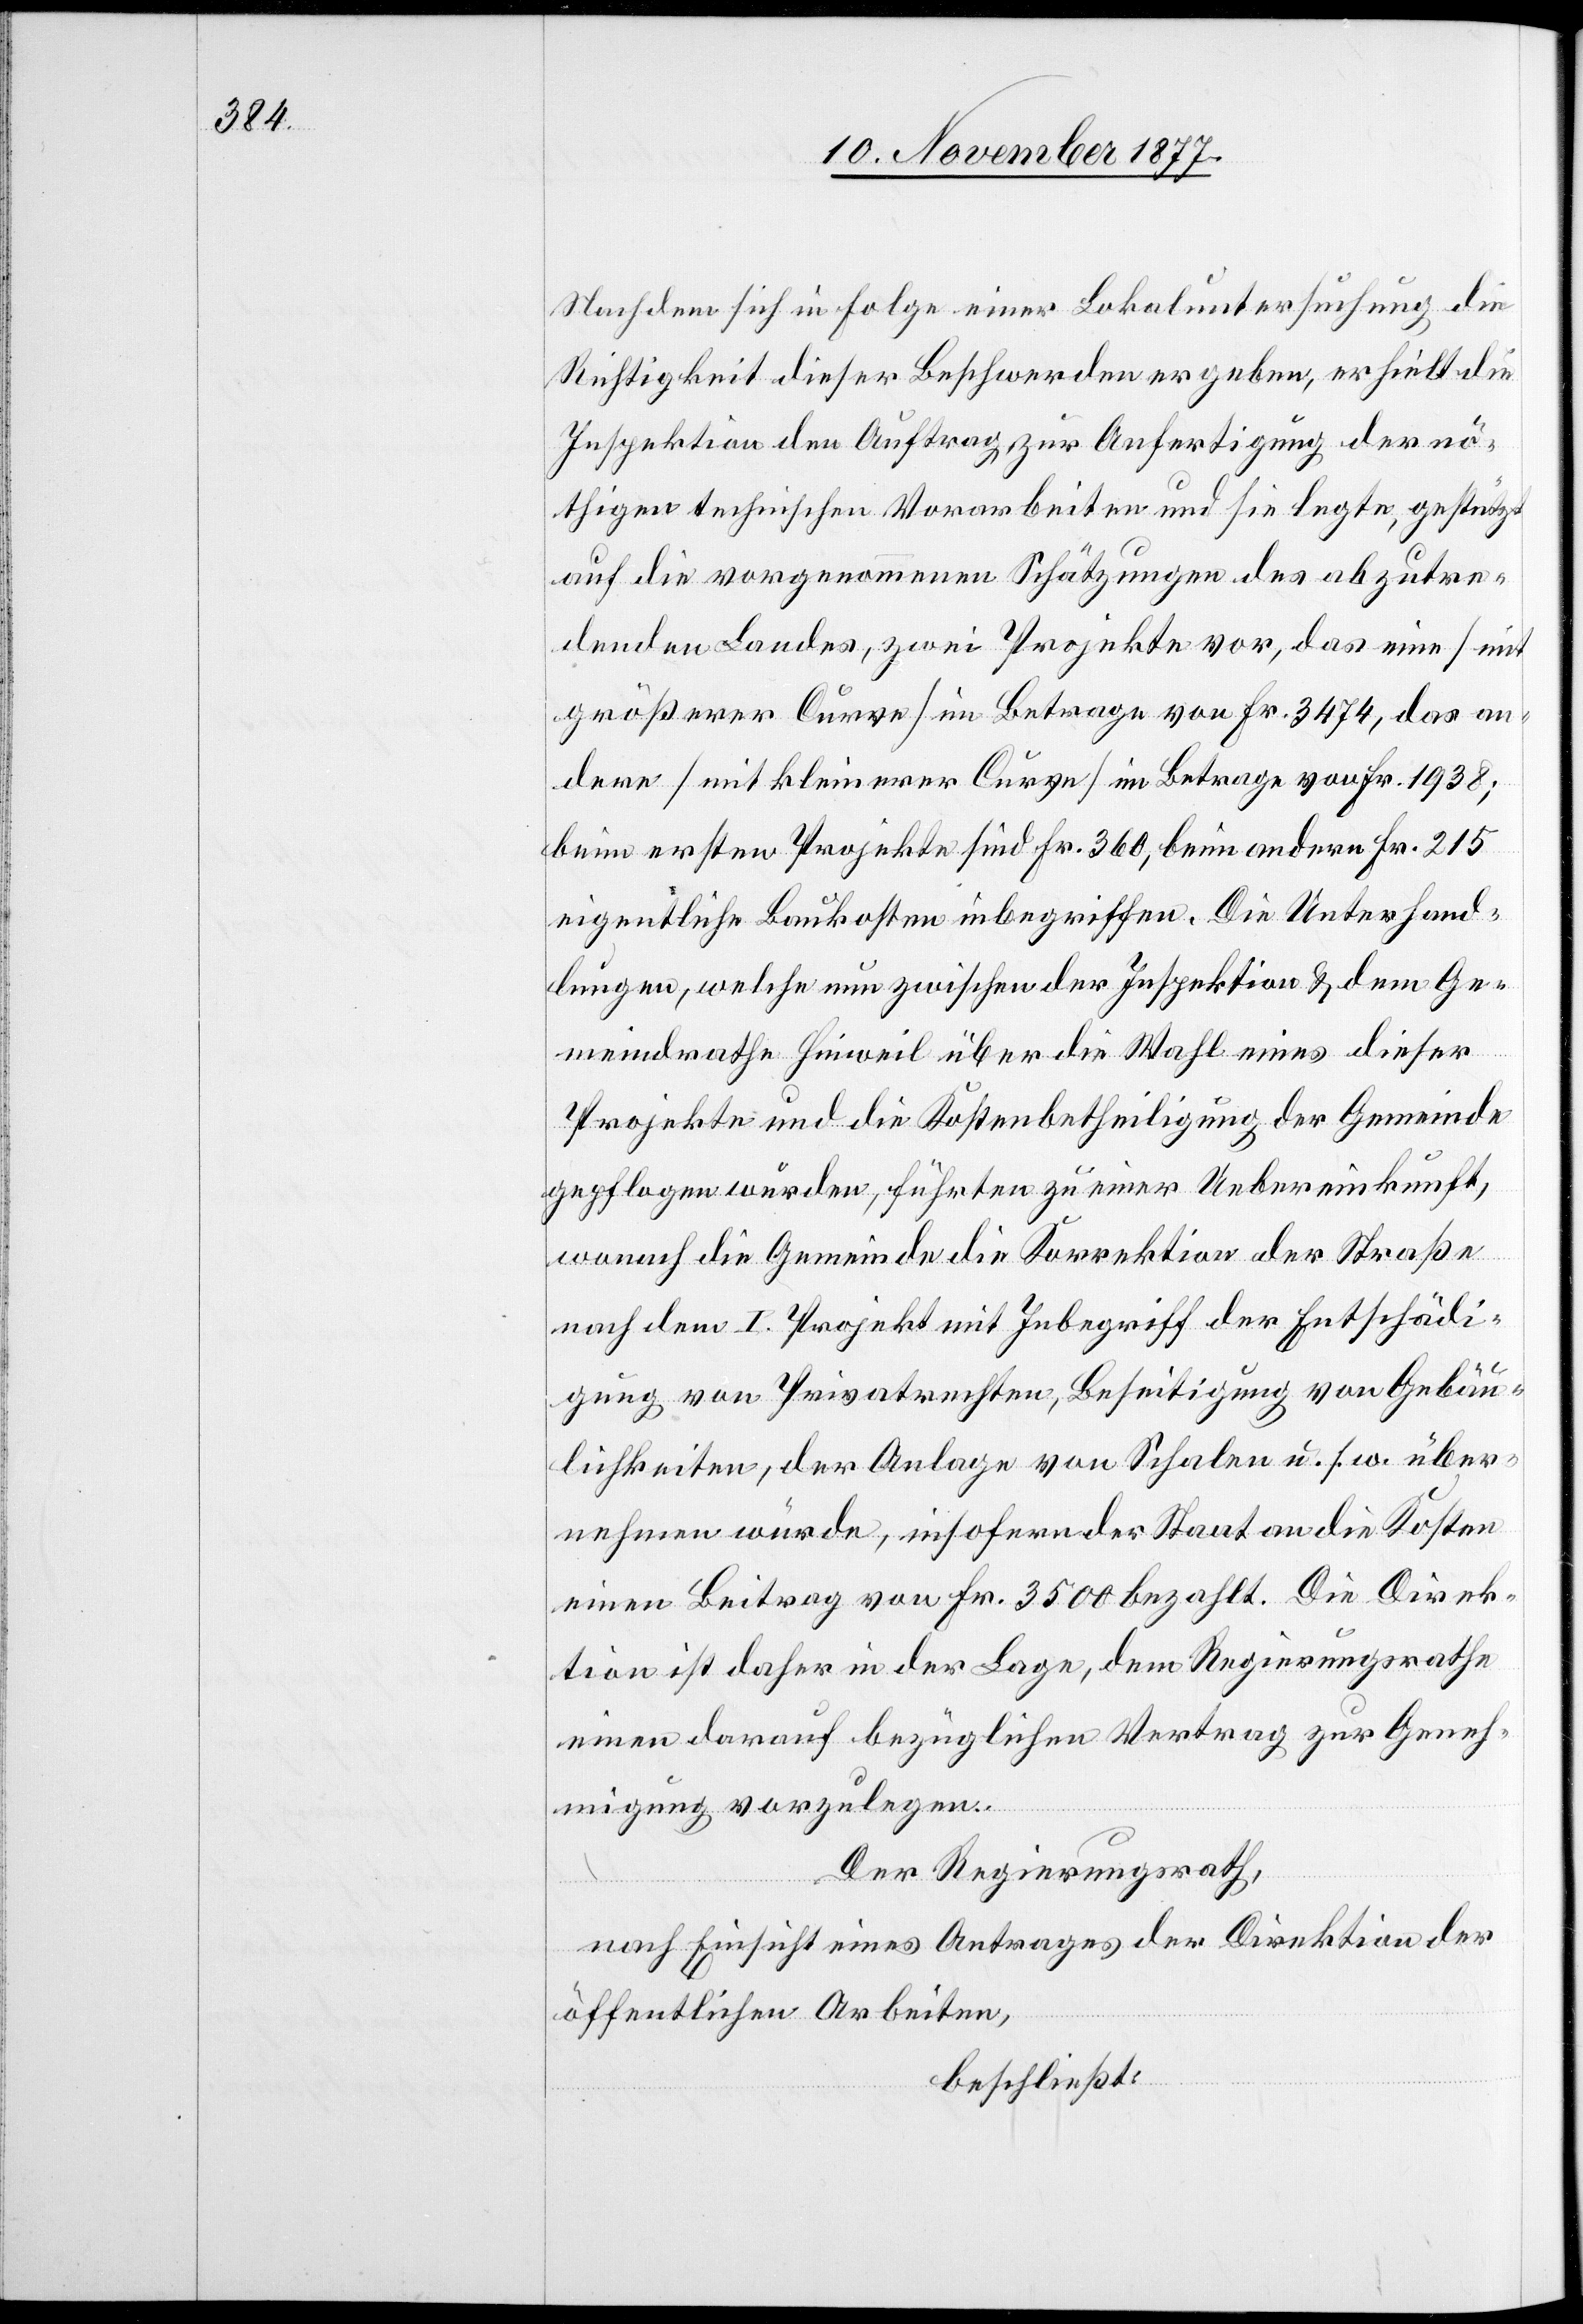
Nachdem sich in Folge einer Lokaluntersuchung die
Richtigkeit dieser Beschwerden ergeben, erhielt die
Inspektion den Auftrag zur Anfertigung der nö¬
thigen technischen Vorarbeiten und sie legte, gestützt
auf die vorgenommenen Schätzungen des abzutre¬
denden [sic!] Landes, zwei Projekte vor, das eine [mit
größerer Curve] im Betrage von Fr. 3474, das an¬
dere [mit kleinerer Curve] im Betrage von Fr. 1938;
beim ersten Projekte sind Fr. 360, beim andern Fr. 215
eigentliche Baukosten inbegriffen. Die Unterhand¬
lungen, welche nun zwischen der Inspektion & dem Ge¬
meindrathe Hinweil über die Wahl eines dieser
Projekte und die Kostenbetheiligung der Gemeinde
gepflogen wurden, führten zu einer Uebereinkunft,
wonach die Gemeinde die Korrektion der Straße
nach dem I. Projekt mit Inbegriff der Entschädi¬
gung von Privatrechten, Beseitigung von Gebäu¬
lichkeiten, der Anlage von Schalen u. s. w. über¬
nehmen würde, insofern der Staat an die Kosten
einen Beitrag von Fr. 3500 bezahlt. Die Direk¬
tion ist daher in der Lage, dem Regierungsrathe
einen darauf bezüglichen Vertrag zur Geneh¬
migung vorzulegen.
Der Regierungsrath,
nach Einsicht eines Antrages der Direktion der
öffentlichen Arbeiten,
beschließt: